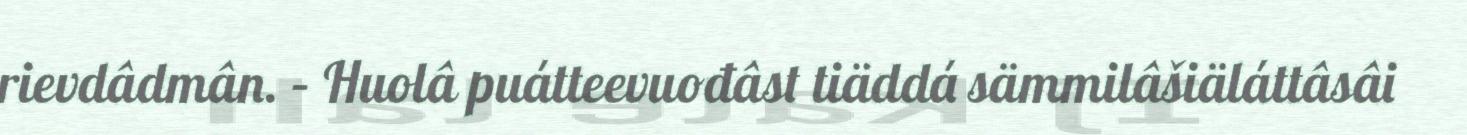
rievdâdmân. – Huolâ puátteevuođâst tiäddá sämmilâšiäláttâsâi